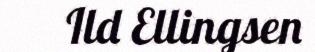
Ild Ellingsen